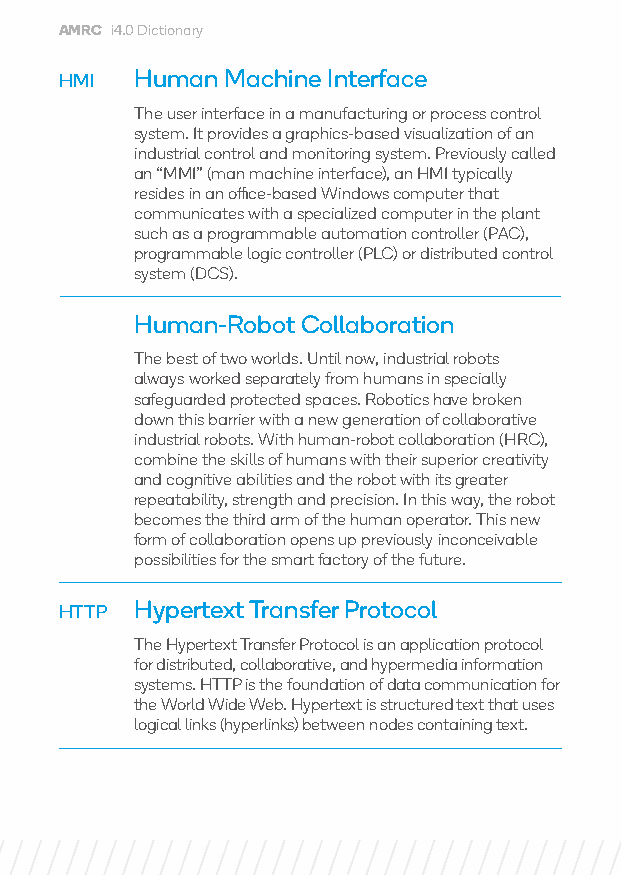
AMRC i4.0 Dictionary
 HMI  Human Machine Interface
 The user interface in a manufacturing or process control
 system. It provides a graphics-based visualization of an
 industrial control and monitoring system. Previously called
 an “MMI” (man machine interface), an HMI typically
 resides in an office-based Windows computer that
 communicates with a specialized computer in the plant
 such as a programmable automation controller (PAC),
 programmable logic controller (PLC) or distributed control
 system (DCS).
 Human-Robot Collaboration
 The best of two worlds. Until now, industrial robots
 always worked separately from humans in specially
 safeguarded protected spaces. Robotics have broken
 down this barrier with a new generation of collaborative
 industrial robots. With human-robot collaboration (HRC),
 combine the skills of humans with their superior creativity
 and cognitive abilities and the robot with its greater
 repeatability, strength and precision. In this way, the robot
 becomes the third arm of the human operator. This new
 form of collaboration opens up previously inconceivable
 possibilities for the smart factory of the future.
 HTTP Hypertext Transfer Protocol
 The Hypertext Transfer Protocol is an application protocol
 for distributed, collaborative, and hypermedia information
 systems. HTTP is the foundation of data communication for
 the World Wide Web. Hypertext is structured text that uses
 logical links (hyperlinks) between nodes containing text.